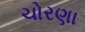
ચોરણા